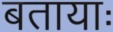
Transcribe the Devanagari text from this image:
बतायाः